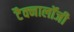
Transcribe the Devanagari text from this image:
टैक्नालॉजी